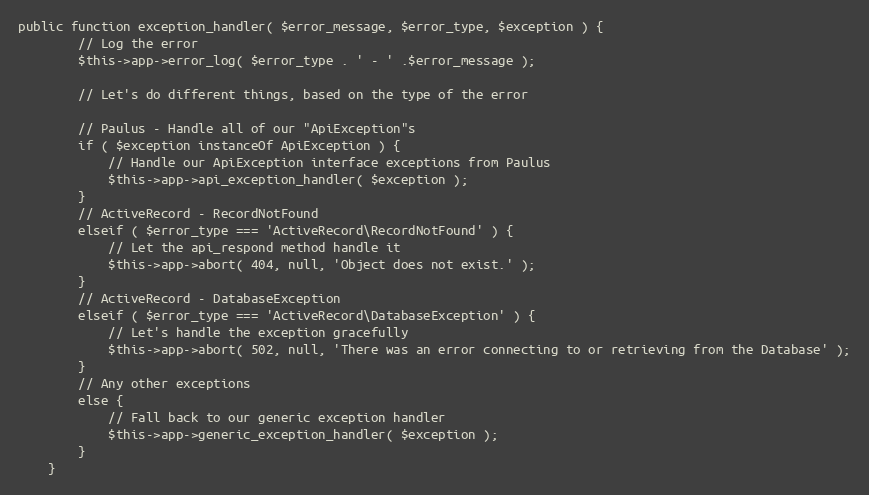
Language: PHP
public function exception_handler( $error_message, $error_type, $exception ) {
		// Log the error
		$this->app->error_log( $error_type . ' - ' .$error_message );

		// Let's do different things, based on the type of the error

		// Paulus - Handle all of our "ApiException"s
		if ( $exception instanceOf ApiException ) {
			// Handle our ApiException interface exceptions from Paulus
			$this->app->api_exception_handler( $exception );
		}
		// ActiveRecord - RecordNotFound
		elseif ( $error_type === 'ActiveRecord\RecordNotFound' ) {
			// Let the api_respond method handle it
			$this->app->abort( 404, null, 'Object does not exist.' );
		}
		// ActiveRecord - DatabaseException
		elseif ( $error_type === 'ActiveRecord\DatabaseException' ) {
			// Let's handle the exception gracefully
			$this->app->abort( 502, null, 'There was an error connecting to or retrieving from the Database' );
		}
		// Any other exceptions
		else {
			// Fall back to our generic exception handler
			$this->app->generic_exception_handler( $exception );
		}
	}